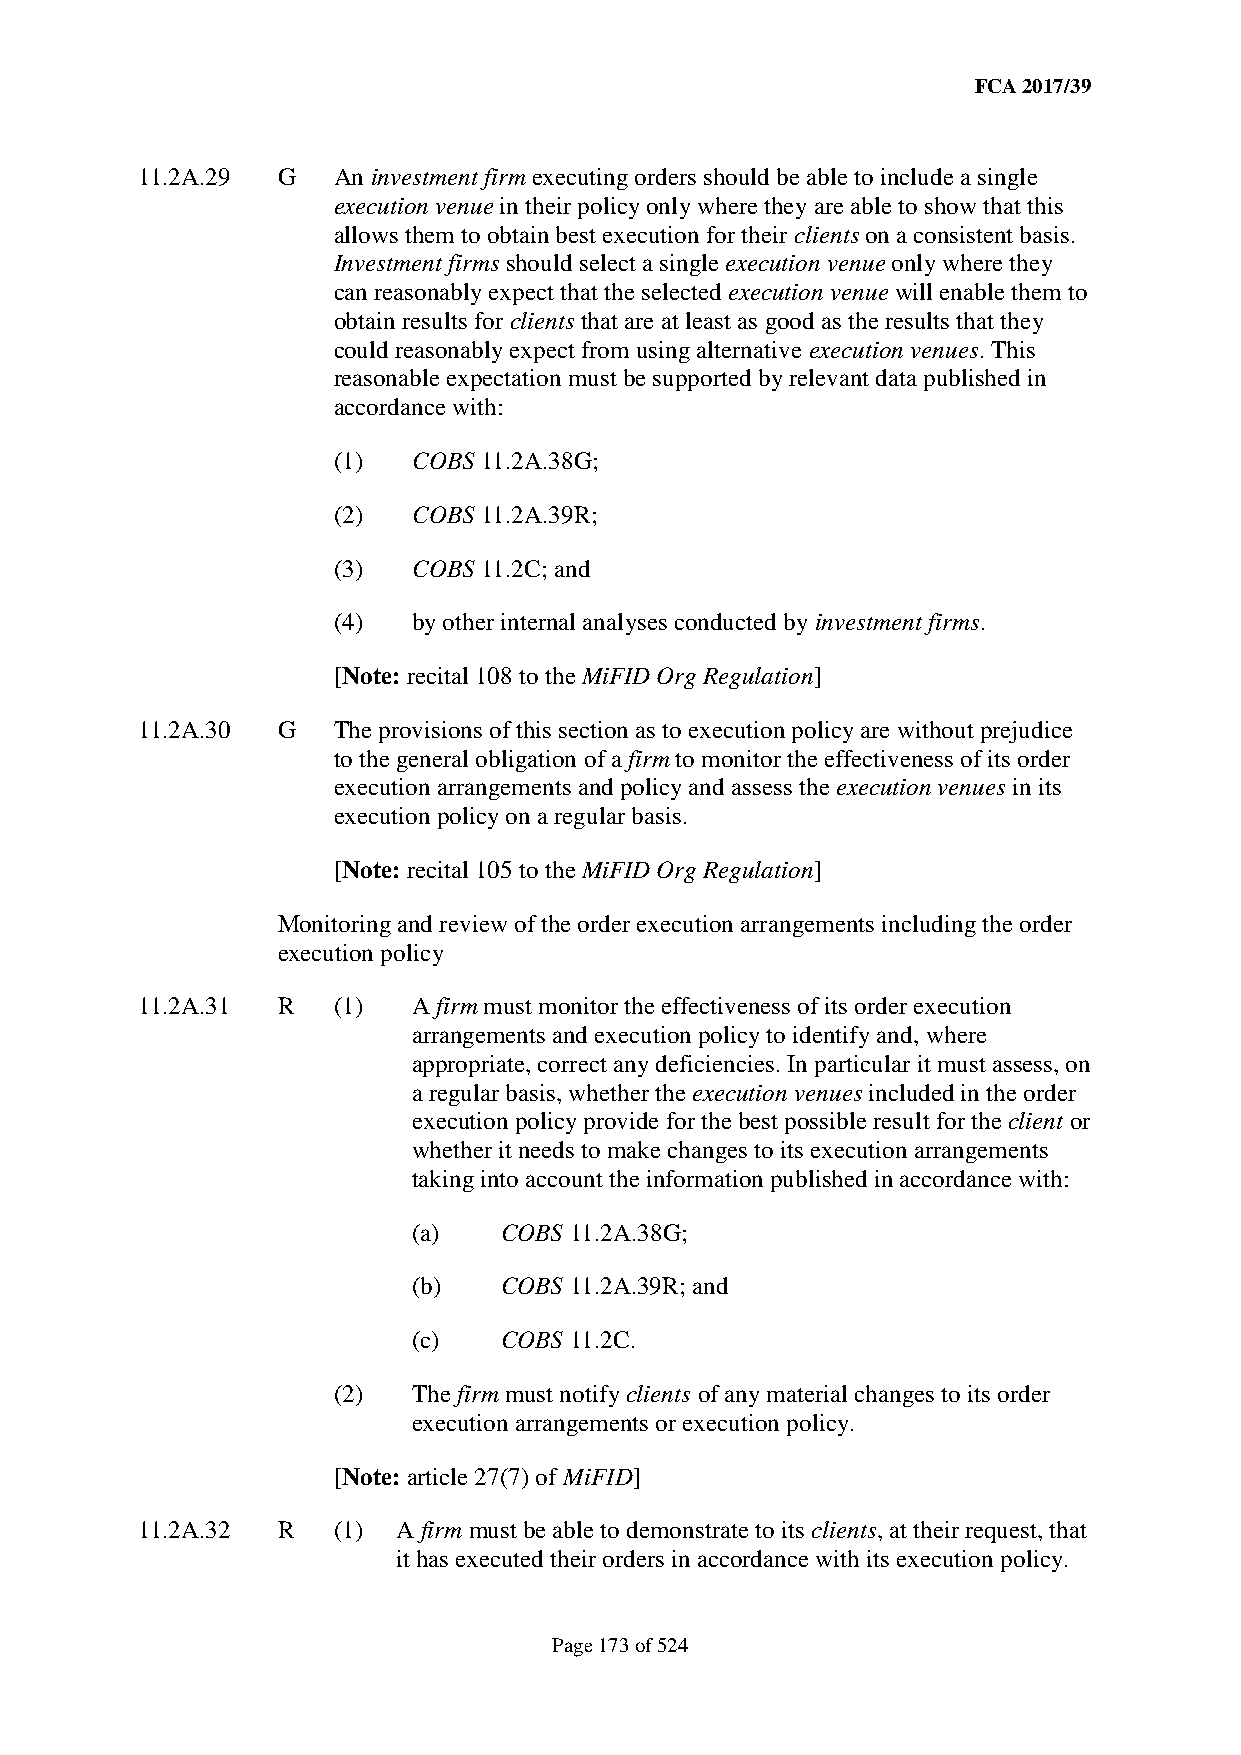
FCA 2017/39
 11.2A.29 G   An investment firm executing orders should be able to include a single
 execution venue in their policy only where they are able to show that this
 allows them to obtain best execution for their clients on a consistent basis.
 Investment firms should select a single execution venue only where they
 can reasonably expect that the selected execution venue will enable them to
 obtain results for clients that are at least as good as the results that they
 could reasonably expect from using alternative execution venues. This
 reasonable expectation must be supported by relevant data published in
 accordance with:
 (1)  COBS 11.2A.38G;
 (2)  COBS 11.2A.39R;
 (3)  COBS 11.2C; and
 (4)  by other internal analyses conducted by investment firms.
 [Note: recital 108 to the MiFID Org Regulation]
 11.2A.30 G   The provisions of this section as to execution policy are without prejudice
 to the general obligation of a firm to monitor the effectiveness of its order
 execution arrangements and policy and assess the execution venues in its
 execution policy on a regular basis.
 [Note: recital 105 to the MiFID Org Regulation]
 Monitoring and review of the order execution arrangements including the order
 execution policy
 11.2A.31 R   (1)  A firm must monitor the effectiveness of its order execution
 arrangements and execution policy to identify and, where
 appropriate, correct any deficiencies. In particular it must assess, on
 a regular basis, whether the execution venues included in the order
 execution policy provide for the best possible result for the client or
 whether it needs to make changes to its execution arrangements
 taking into account the information published in accordance with:
 (a)   COBS 11.2A.38G;
 (b)   COBS 11.2A.39R; and
 (c)   COBS 11.2C.
 (2)  The firm must notify clients of any material changes to its order
 execution arrangements or execution policy.
 [Note: article 27(7) of MiFID]
 11.2A.32 R   (1) A firm must be able to demonstrate to its clients, at their request, that
 it has executed their orders in accordance with its execution policy.
 Page 173 of 524